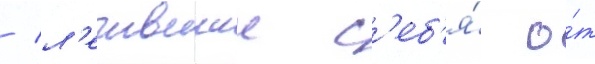
/ л'ечившии с'еб'я́ о́т